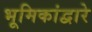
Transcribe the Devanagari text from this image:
भूमिकांद्वारे